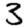
Digit: 3